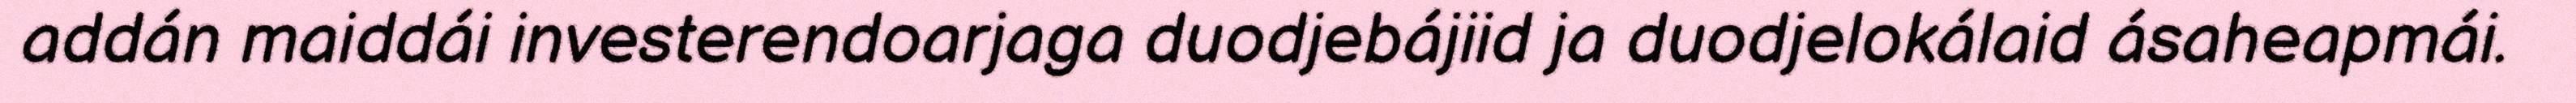
addán maiddái investerendoarjaga duodjebájiid ja duodjelokálaid ásaheapmái.